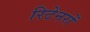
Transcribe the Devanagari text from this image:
रिटेनरों